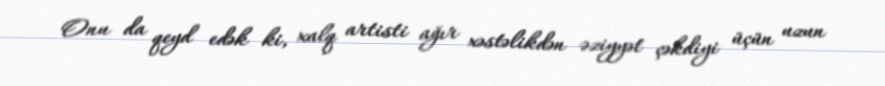
Onu da qeyd edək ki, xalq artisti ağır xəstəlikdən əziyyət çəkdiyi üçün uzun